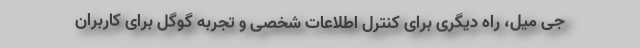
جی میل، راه دیگری برای کنترل اطلاعات شخصی و تجربه گوگل برای کاربران